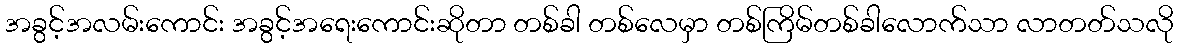
အခွင့်အလမ်းကောင်း အခွင့်အရေးကောင်းဆိုတာ တစ်ခါ တစ်လေမှာ တစ်ကြိမ်တစ်ခါလောက်သာ လာတတ်သလို